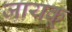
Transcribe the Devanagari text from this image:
जायकू